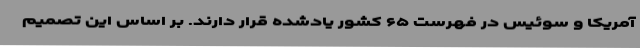
آمریکا و سوئیس در فهرست ۶۵ کشور یادشده قرار دارند. بر اساس این تصمیم